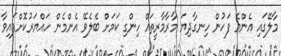
މާލޭގައި އެންމެ ފަހުން ހިނގާދިޔަ މާރާމާރީތައް ހިންގި ކަމަށް ބެލެވޭ އެންމެން ހައްޔަރުކޮށްފައިވާ